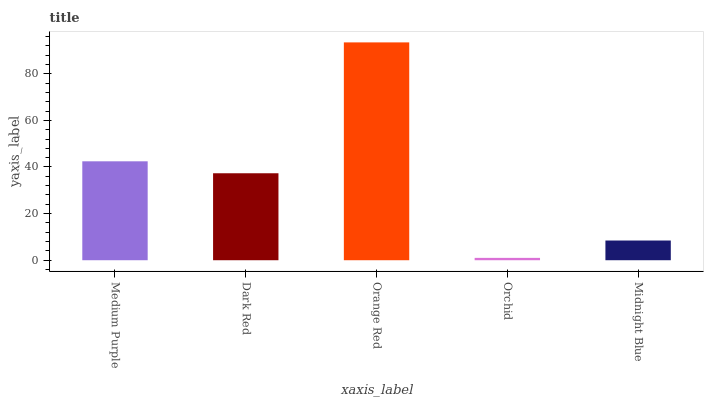
| xaxis_label | bars |
 | --- | --- |
 | Medium Purple | 42.4 |
 | Dark Red | 37.3 |
 | Orange Red | 93.4 |
 | Orchid | 1.01 |
 | Midnight Blue | 8.46 |